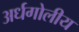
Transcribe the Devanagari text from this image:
अर्धगोलीय